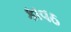
કાવઠ